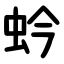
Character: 蚙